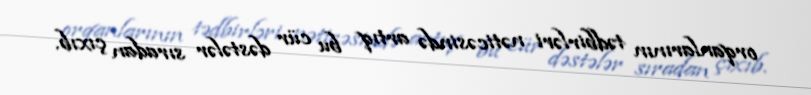
orqanlarının tədbirləri nəticəsində artıq bu cür dəstələr sıradan çıxıb.